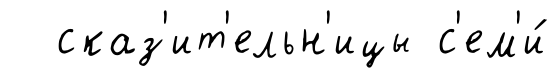
сказ'ит'ельн'ицы с'ем'и́